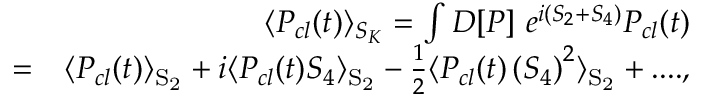
\begin{array} { r l r } & { } & { \langle P _ { c l } ( t ) \rangle _ { { S _ { K } } } = \int D [ P ] ~ e ^ { { { i } } ( { \cal S } _ { 2 } + { \cal S } _ { 4 } ) } P _ { c l } ( t ) } \\ & { = } & { \langle P _ { c l } ( t ) \rangle _ { \mathrm { { { \cal S } _ { 2 } } } } + i \langle P _ { c l } ( t ) { \cal S } _ { 4 } \rangle _ { \mathrm { { \cal S } _ { 2 } } } - \frac { 1 } { 2 } \langle P _ { c l } ( t ) \left( { \cal S } _ { 4 } \right) ^ { 2 } \rangle _ { \mathrm { { { \cal S } _ { 2 } } } } + . . . . , } \\ & { } & \end{array}